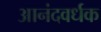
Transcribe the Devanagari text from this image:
आनंदवर्धक